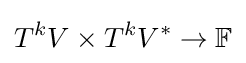
T^{k}V\times T^{k}V^{*}\to \mathbb {F}